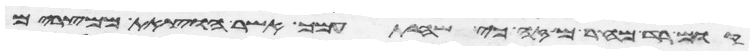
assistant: קום רד מהר מזה כי שחת עמך אשר הוצאת ממצרים